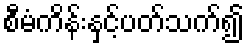
စီမံကိန်းနှင့်ပတ်သက်၍